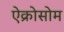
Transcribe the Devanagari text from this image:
ऐक्रोसोम